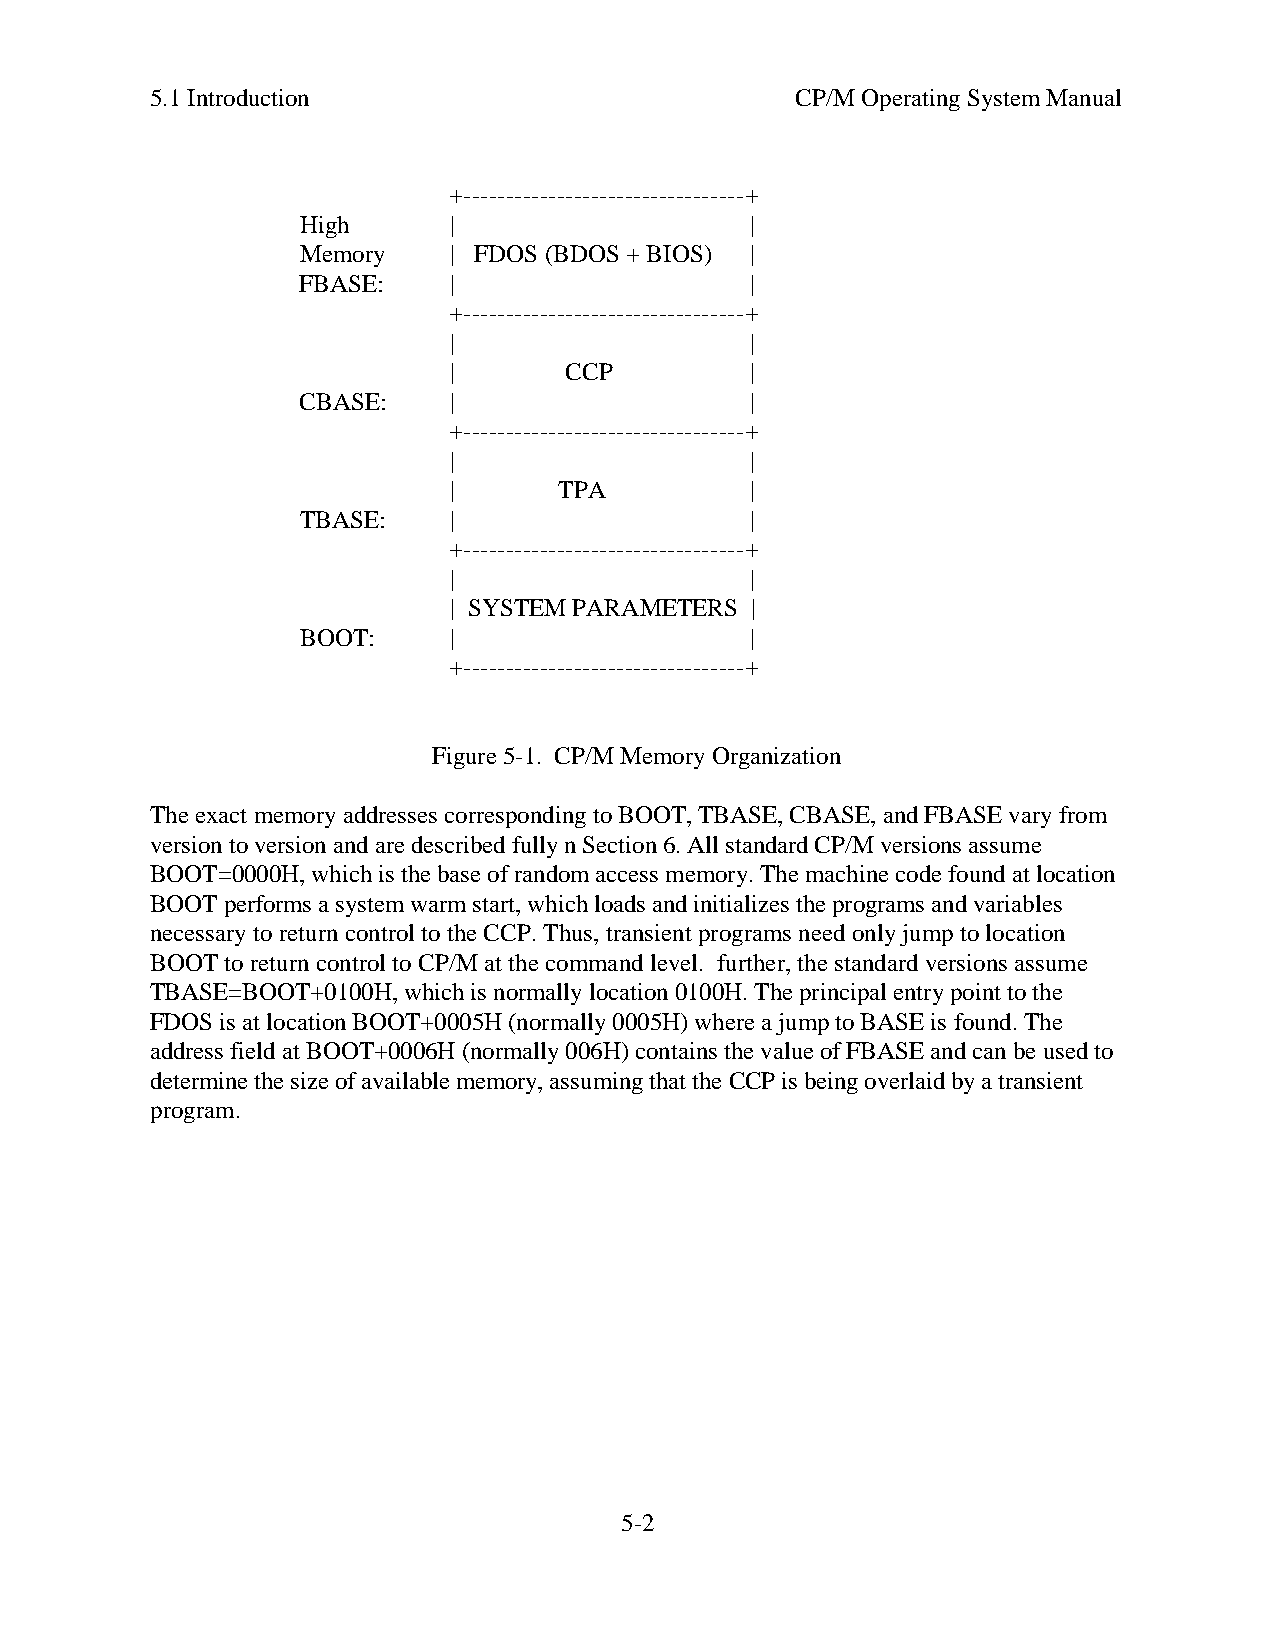
5.1 Introduction                           CP/M Operating System Manual
 +---------------------------------+
 High      |                   |
 Memory    | FDOS (BDOS + BIOS) |
 FBASE:    |                   |
 +---------------------------------+
 |                   |
 |      CCP          |
 CBASE:    |                   |
 +---------------------------------+
 |                   |
 |      TPA          |
 TBASE:    |                   |
 +---------------------------------+
 |                   |
 | SYSTEM PARAMETERS |
 BOOT:     |                   |
 +---------------------------------+
 Figure 5-1. CP/M Memory Organization
 The exact memory addresses corresponding to BOOT, TBASE, CBASE, and FBASE vary from
 version to version and are described fully n Section 6. All standard CP/M versions assume
 BOOT=0000H, which is the base of random access memory. The machine code found at location
 BOOT performs a system warm start, which loads and initializes the programs and variables
 necessary to return control to the CCP. Thus, transient programs need only jump to location
 BOOT to return control to CP/M at the command level. further, the standard versions assume
 TBASE=BOOT+0100H, which is normally location 0100H. The principal entry point to the
 FDOS is at location BOOT+0005H (normally 0005H) where a jump to BASE is found. The
 address field at BOOT+0006H (normally 006H) contains the value of FBASE and can be used to
 determine the size of available memory, assuming that the CCP is being overlaid by a transient
 program.
 5-2